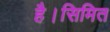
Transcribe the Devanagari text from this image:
है।सिमित